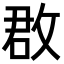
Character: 𢽏